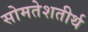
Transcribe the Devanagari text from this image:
सोमतेशतीर्थ